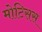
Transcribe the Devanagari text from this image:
मोटिसस